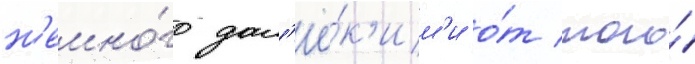
н'емно́го дал'ё́к'им'и о́т того́